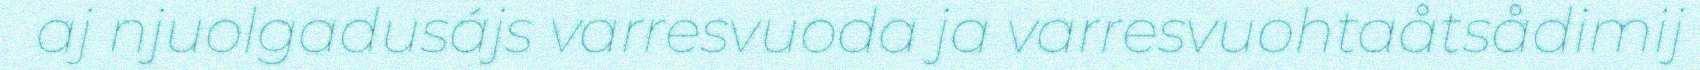
aj njuolgadusájs varresvuoda ja varresvuohtaåtsådimij